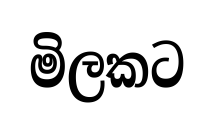
මිලකට